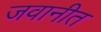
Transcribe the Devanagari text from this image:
जवानीत